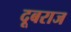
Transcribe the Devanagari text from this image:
दूबराज